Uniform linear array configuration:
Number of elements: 24
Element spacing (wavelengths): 0.75
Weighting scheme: hann
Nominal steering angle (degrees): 60
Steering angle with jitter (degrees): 58.836
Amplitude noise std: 0.05
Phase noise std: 0.05

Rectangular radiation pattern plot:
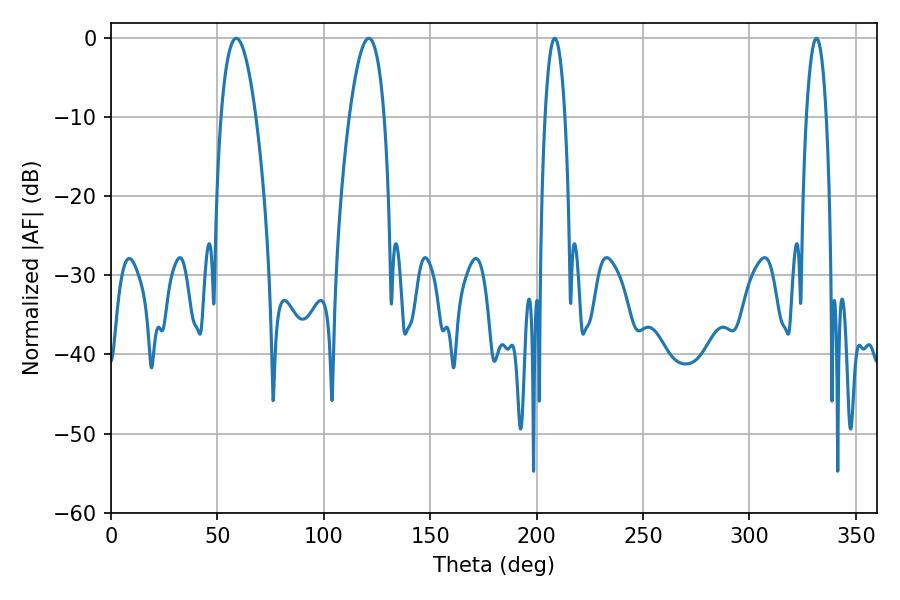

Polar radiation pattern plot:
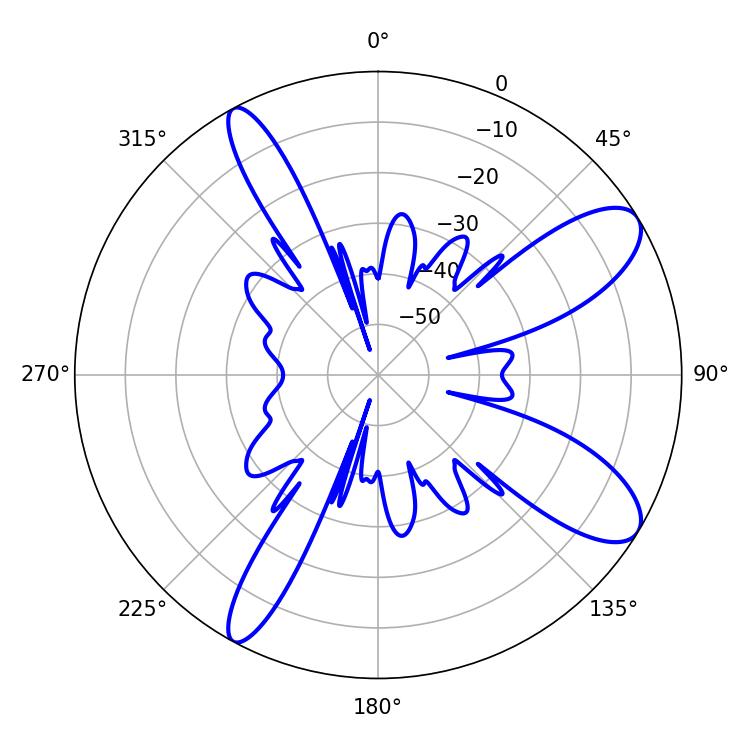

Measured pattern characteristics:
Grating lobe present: TRUE
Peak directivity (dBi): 10.054
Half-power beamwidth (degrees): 9
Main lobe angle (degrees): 58.86